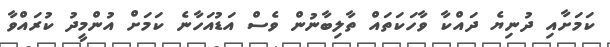
ކަމަށާއި ދުނިޔެ ދައްކާ ވާހަކަތައް ތާލިބާނުން ވެސް އަޑުއަހާނެ ކަމަށް އުންމީދު ކުރައްވާ